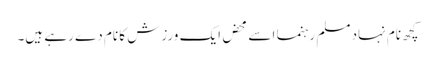
کچھ نام نہاد مسلم رہنما اسے محض ایک ورزش کا نام دے رہے ہیں۔